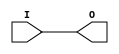
module IBUFG_HSTL_IV_DCI (O, I);

    output O;

    input  I;

	buf B1 (O, I);


endmodule